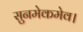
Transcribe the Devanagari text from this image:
सुनमेकमेव।